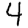
Digit: 4